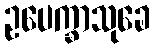
ဥပေက္ခာသုခေ